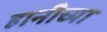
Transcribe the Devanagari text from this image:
हानीच्या